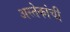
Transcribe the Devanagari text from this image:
अस्तेकांची